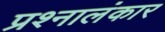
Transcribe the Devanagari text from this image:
प्रश्नालंकार